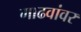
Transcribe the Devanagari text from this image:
गाढवांवर